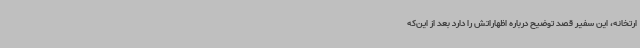
ارتخانه، این سفیر قصد توضیح درباره اظهاراتش را دارد بعد از این‌که